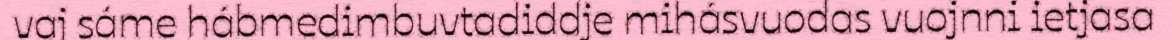
vaj sáme hábmedimbuvtadiddje mihásvuodas vuojnni ietjasa